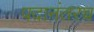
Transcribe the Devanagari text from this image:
पदानंतरच